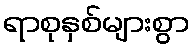
ရာစုနှစ်များစွာ